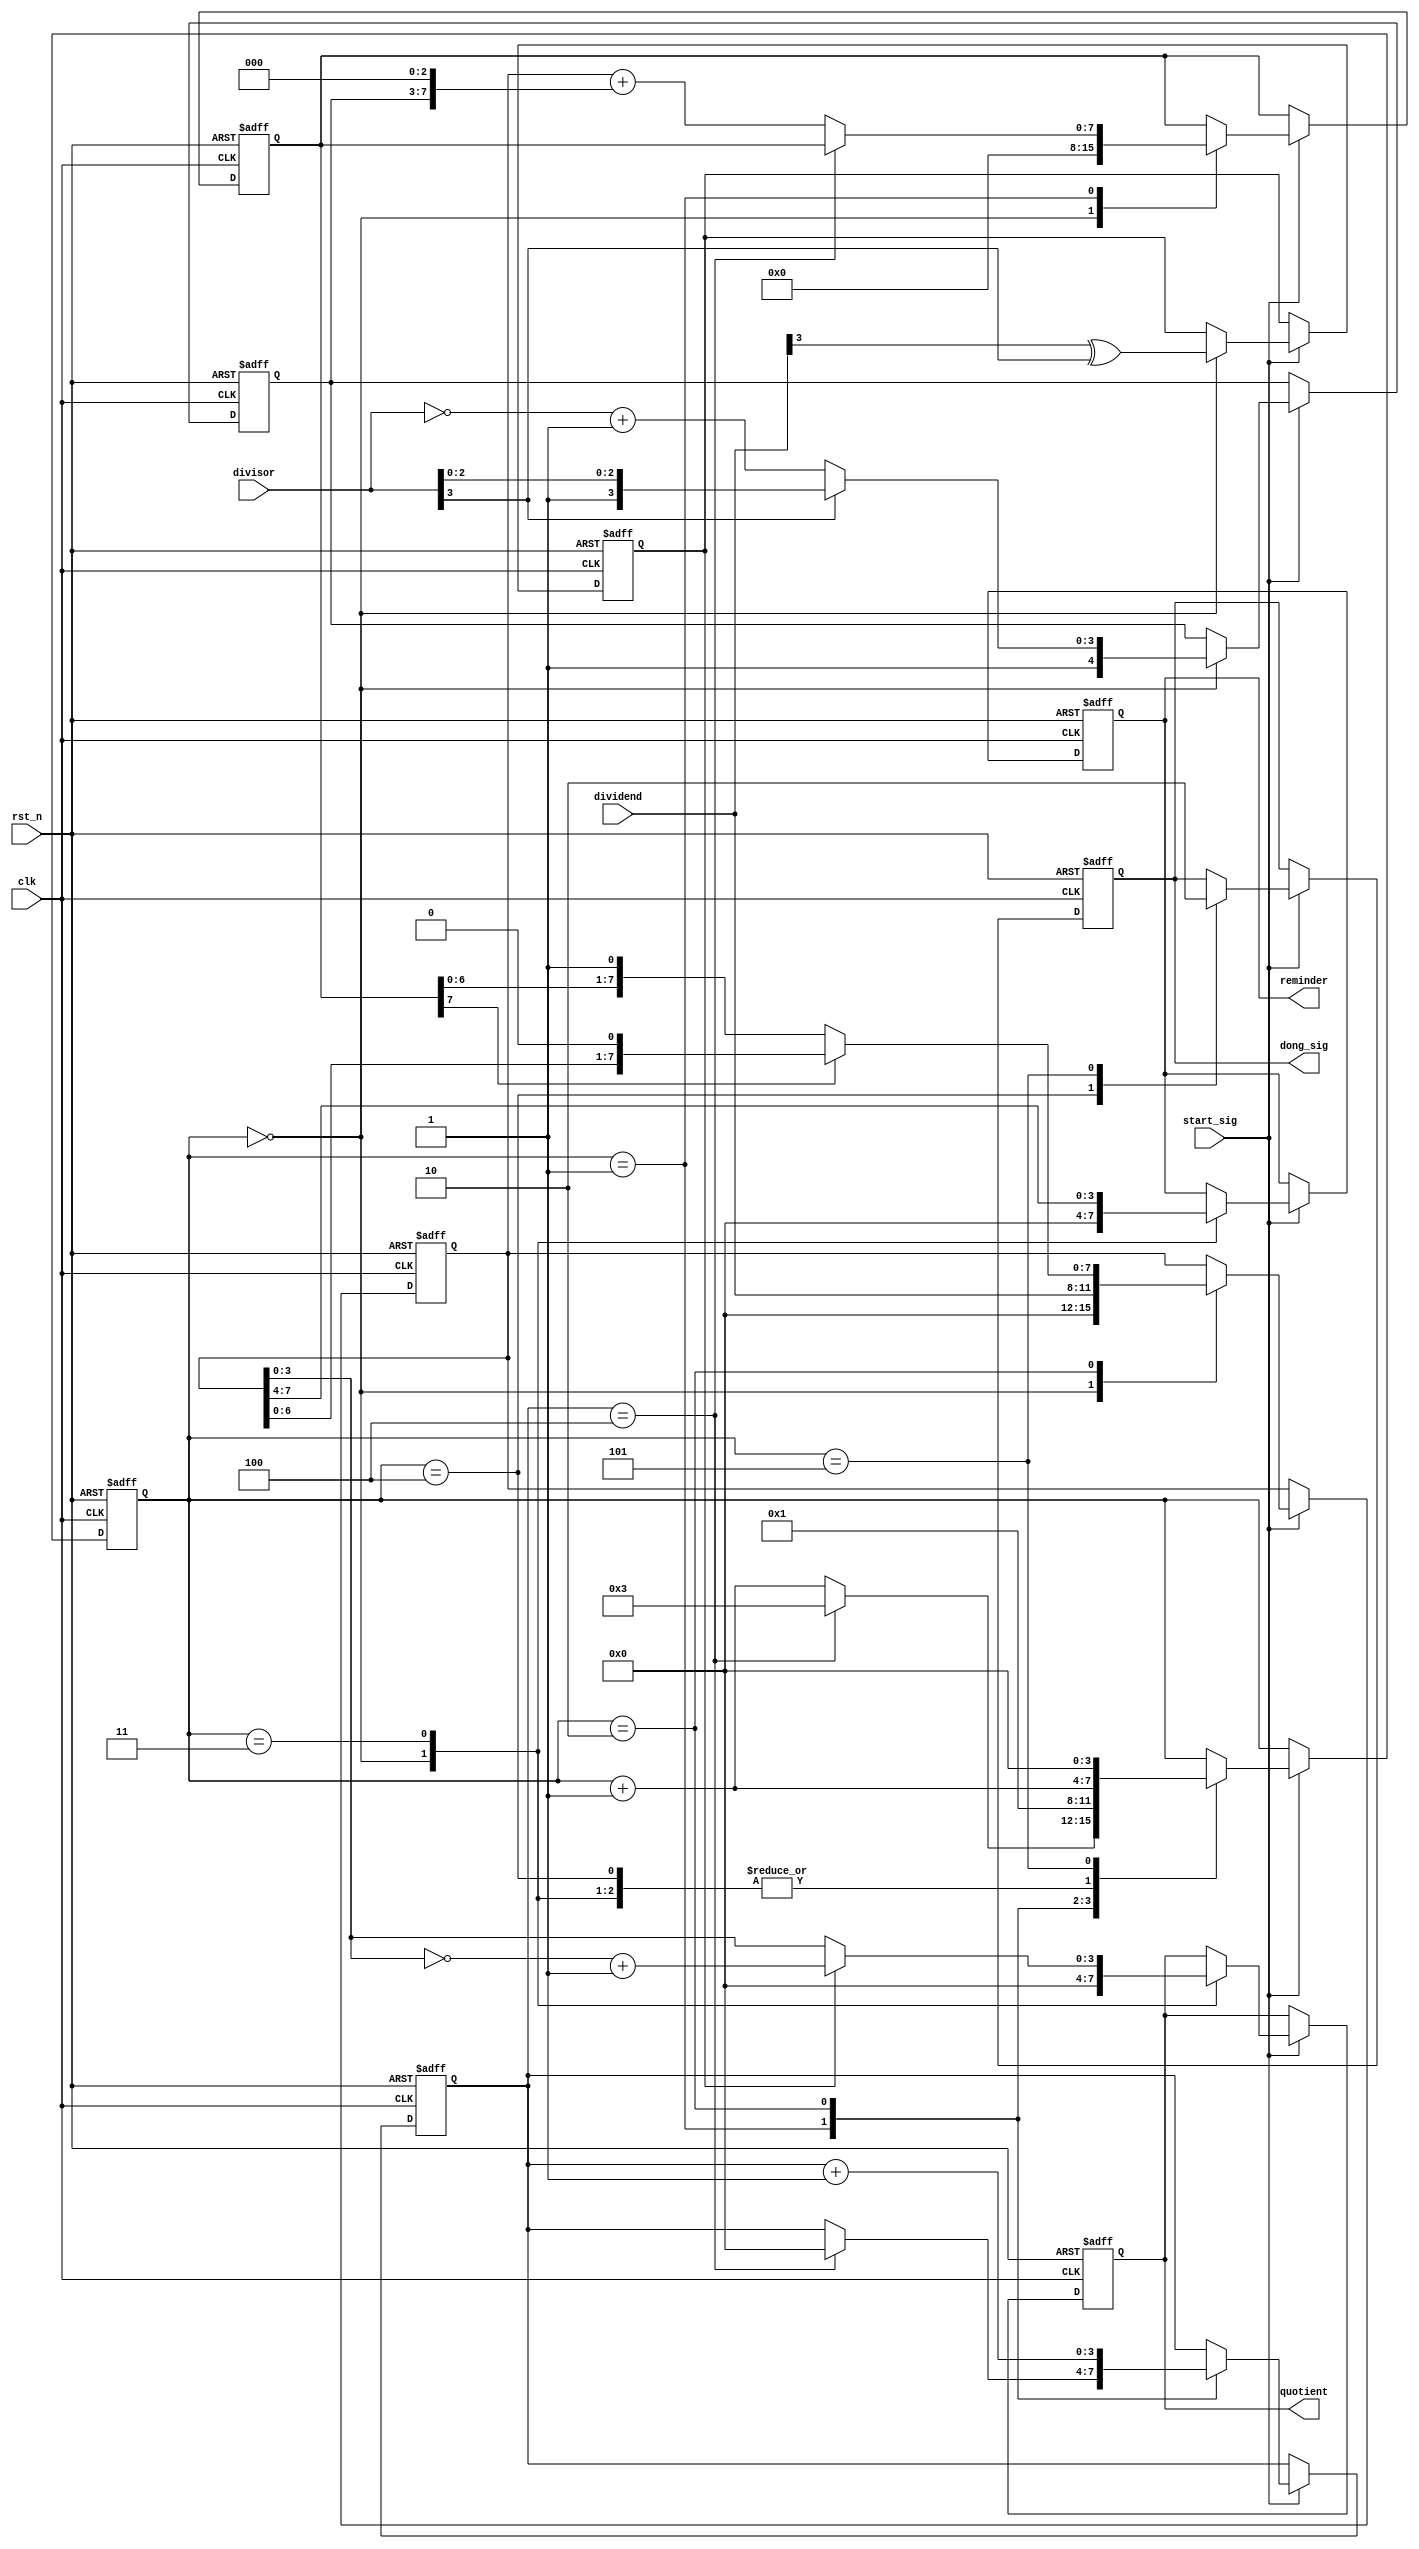


module streamlined_divider_4bit(
    clk,
    rst_n,
    start_sig,
    dividend,
    divisor,
    dong_sig,
    quotient,
    reminder
    );
    
    input clk;
    input rst_n;
    
    input start_sig;
    input [3:0]dividend;
    input [3:0]divisor;
    
    output dong_sig;
    output [3:0]quotient;
    output [3:0]reminder;
    
    /******************************/
    
    reg [7:0]temp;
    reg [7:0]diff;
    reg [4:0]s;
    reg [3:0]n;
    
    /******************************/
    
    reg isDone;
    reg isNeg;
    reg [3:0]q;
    reg [3:0]r;
    
    assign dong_sig = isDone;
    assign quotient = q;
    assign reminder = r;
    
    /******************************/
    
    reg [3:0]i;
    
    always @(posedge clk or negedge rst_n) begin
        if (!rst_n) begin
            temp <= 8'd0;
            diff <= 8'd0;
            s <= 5'd0;
            isDone <= 1'b0;
            isNeg <= 1'b0;
            q <= 4'd0;
            r <= 4'd0;
            i <= 4'd0;
            n <= 4'd0;
        end
        else if (start_sig)
        
            case(i)
                
                0:
                begin
                    isNeg <= dividend[3]^divisor[3];
                    temp <= {4'd0, dividend};
                    diff <= 8'd0;
                    s <= divisor[3] ? {divisor[3], divisor} : {1'b1, (~divisor + 1'b1)};
                    q <= 4'd0;
                    r <= 4'd0;
                    i <= i + 1'b1;
                end
            
                1:
                if (n == 4) begin
                    n <= 3'd0;
                    i <= 4'd3;
                end
                else begin
                    diff <= temp + {s, 3'b0};
                    i <= i + 1'b1;
                end
                
                2:
                    begin
                    if (diff[7])
                        temp <= {temp[6:0], 1'b0};
                    else
                        temp <= {diff[6:0], 1'b1};
                        
                    i <= 4'd1;
                    n <= n + 1'b1;
                    
                end
                
                3:
                begin
                    q <= isNeg ? (~temp[3:0] + 1'b1) : temp[3:0];
                    r <= temp[7:4];
                    i <= i + 1'b1;
                end
                
                4:
                begin
                    isDone <= 1'b1;
                    i <= i + 1'b1;
                end
                
                5:
                begin
                    isDone <= 1'b0;
                    i <= 4'd0;
                end
            
            endcase
    end
    
endmodule